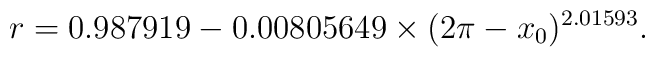
r=0.987919-0.00805649\times(2\pi -x_0)^{2.01593}.